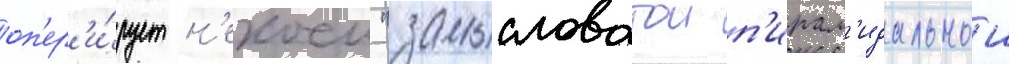
оп'ер'и́рует н'екоеи "замысловатои п'ирам'идальнои